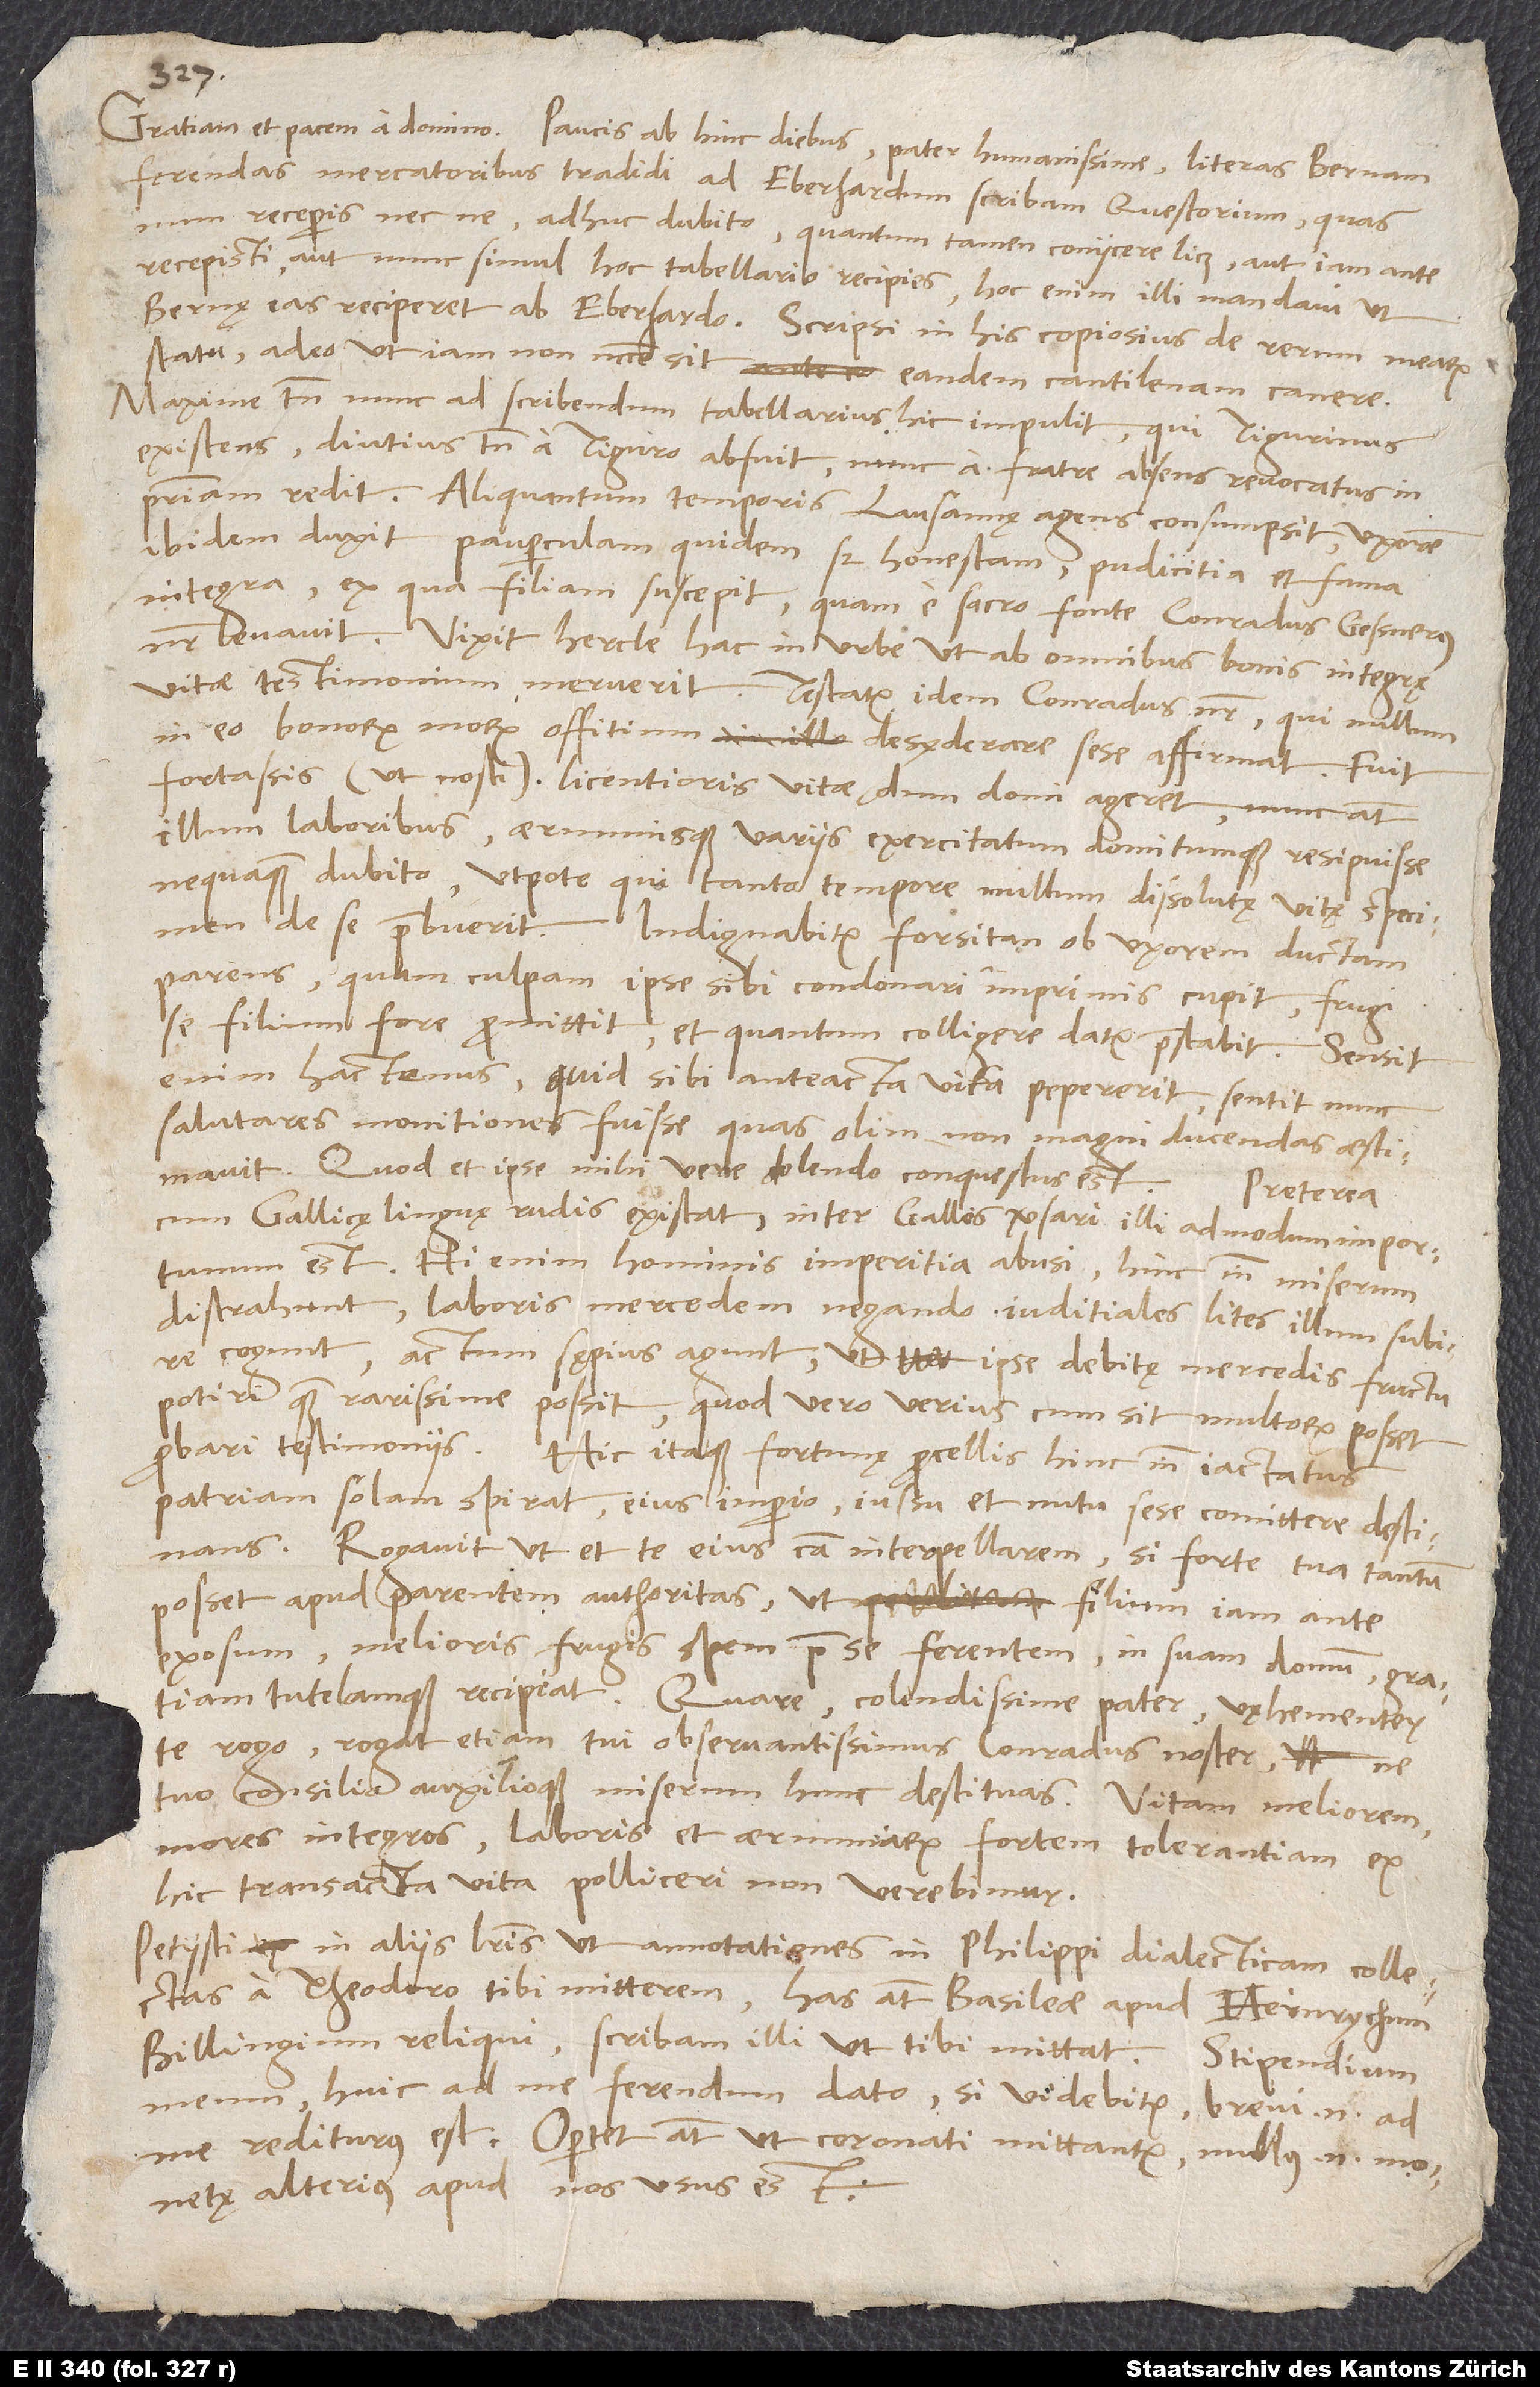
ferendas mercatoribus tradidi ad Eberhardum, scribam questorium, quas
num receperis nec ne, adhuc dubito; quantum tamen coniicere licet, aut iam ante
recepisti aut nunc simul hoc tabellario recipies. Hoc enim illi mandavi, ut
Bernę eas reciperet ab Eberhardo. Scripsi in his copiosius de rerum mearum
statu, adeo ut iam non necesse sit eandem cantilenam canere.
Maxime tamen nunc ad scribendum tabellarius hic impulit, qui Tigurinus
existens diutius tamen a Tiguro abfuit, nunc a fratre absens revocatus in
patriam redit. Aliquantum temporis Lausannę agens consumpsit, uxorem
ibidem duxit pauperculam quidem, sed honestam, pudicitia et fama
integra, ex qua filiam suscepit, quam e sacro fonte Conradus Gessnerus
Vixit hercle hac in urbe, ut ab omnibus bonis integrę
vitae testimonium meruerit. Testatur idem Conradus noster, qui nullum
in eo bonorum morum offitium desyderare sese affirmat. Fuit
fortassis (ut nosti) licentioris vitae, dum domi ageret; nunc autem
illum laboribus aerumnisque variis exercitatum domitumque resipuisse
nequaquam dubito, utpote qui tanto tempore nullum dissolutę vitę specimen
de se praebuerit. Indignabitur forsitan ob uxorem ductam
parens, quam culpam ipse sibi condonari imprimis cupit, frugi
se filium fore promittit et, quantum colligere datur, praestabit.
enim hactenus, quid sibi anteacta vita pepererit, sentit nunc
salutares monitiones fuisse, quas olim non magni ducendas aestimavit.
Quod et ipse mihi vere dolendo conquestus est. Preterea
cum Gallicę linguę rudis existat, inter Gallos versari illi admodum importunum
est. Hi enim hominis imperitia abusi hinc inde miserum
distrahunt, laboris mercedem negando iuditiales lites illum subire
cogunt, actum sępius agunt, ut ipse debitę mercedis fructu
potiri quam rarissime possit; quod vero verius cum sit, multorum posset
probari testimoniis. Hic itaque fortunę procellis hinc inde iactatus
patriam solam spirat, eius imperio, iussu et nutu sese comittere destinans.
Rogavit, ut et te eius causa interpellarem, si forte tua tantum
posset apud parentem authoritas, ut filium iam ante
exosum, melioris frugis spem prae se ferentem,
in suam domum, gratiam
tutelamque recipiat. Quare, colendissime
pater, vęhementer
te rogo, rogat etiam tui observantissimus Conradus
noster, ne
tuo consilio auxilioque miserum hunc destituas.
Vitam meliorem,
mores integros, laboris et aerumnarum fortem
tolerantiam ex
hic transacta vita polliceri non verebimur.
Petiisti in aliis literis, ut annotationes in Philippi dialecticam collectas
a Theodoro tibi mitterem; has autem Basileae apud
Heinrychum
Billingium reliqui. Scribam illi, ut tibi mittat.
Stipendium
meum huic ad me ferendum dato, si videbitur;
brevi enim ad
me rediturus est. Oportet autem, ut coronati mittantur;
nullus enim monetę
alterius apud nos usus est.